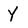
Character: Y